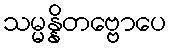
သမ္မန္နိတဗ္ဗောပေ